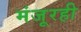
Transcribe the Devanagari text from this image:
मंजूरही